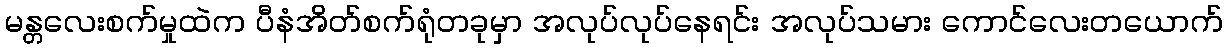
မန္တလေးစက်မှုထဲက ပီနံအိတ်စက်ရုံတခုမှာ အလုပ်လုပ်နေရင်း အလုပ်သမား ကောင်လေးတယောက်